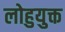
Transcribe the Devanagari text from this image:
लोहुयुक्त